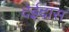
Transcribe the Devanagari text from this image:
देईदास